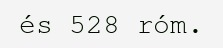
és 528 róm.